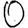
Digit: 0